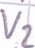
Text: V2